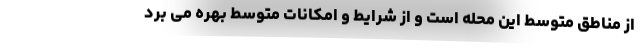
از مناطق متوسط این محله است و از شرایط و امکانات متوسط بهره می برد